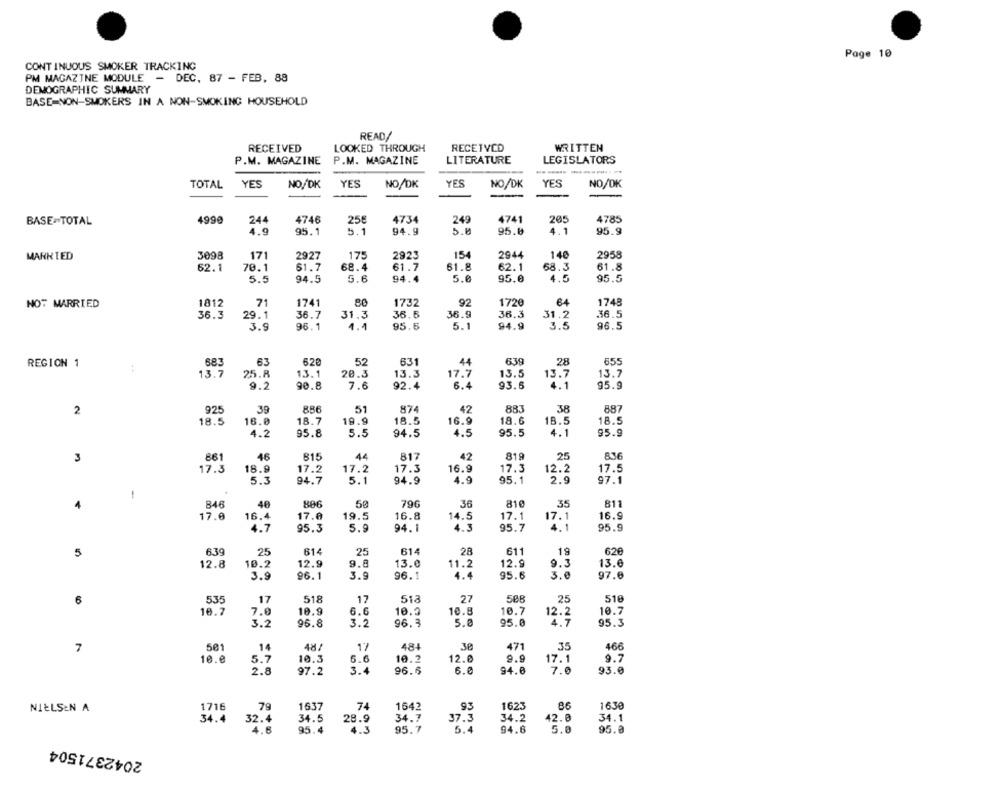
Page 10
CONTINUOUS SMOKER TRACKING
PM MAGAZINE MODULE -
DEC, 87 - FEB, 88
DEMOGRAPHIC SUMMARY
BASE NON-SMOKERS IN A NON-SMOKING HOUSEHOLD
READ/
RECEIVED
LOOKED THROUGH
RECEIVED
WRITTEN
P.M. MAGAZINE
P.M. MAGAZINE
LITERATURE
LEGISLATORS
YES
TOTAL YES
NO./DK
YES
NO/DK
YES
NO/DK
NO/OK
BASE-TOTAL
4990
244
4746
25€
4734
249
4741
205
4785
4.9
95.1
94.9
5.0
95.0
4.1
95.9
3098
15
140
2958
MARKTED
171
2927
175
2923
2944
52.1
70.1
61.7
68.4
61.7
61.8
62.1
68.3
61.8
5.6
5.0
4.5
95.5
5.5
94.5
94.4
95.0
1812
7
1741
1732
92
1720
64
1748
NOT MARRIED
36.3
29.1
36.7
31.3
36.5
36.9
36.3
31.2
36.5
3.9
96.1
1.1
95.6
5.1
94.9
3.5
96.5
REGION 1
683
63
620
52
631
44
639
28
655
:
13.1
13.5
13.7
25.8
20.3
13.3
17.7
13.7
13.7
9.2
90.8
7.6
92.4
6.4
93.6
95.9
2
925
39
886
51
874
42
883
38
887
16.0
18.5
16.9
18.5
18.7
19.9
18.6
18.5
18.5
4.2
95.8
5.5
94.5
4.5
95.5
4.1
95.9
3
861
46
815
44
817
42
819
25
836
17.3
16.9
12.2
17.5
17.3
18.9
17.2
17.2
17.
5.3
94.7
5.1
94.9
4.9
95.1
2.9
97.1
1
4
846
48
50
796
36
810
35
811
17.0
17.1
16.9
17.0
16.4
19.5
16.8
14.5
17.1
4.7
95.3
5.9
94.1
4.3
95.7
4.1
95.9
5
639
25
614
25
614
28
611
19
620
12.9
13.0
12.8
10.2
9.8
13.0
11.2
12.9
9.3
3.9
96.1
3.9
96.1
4.4
95.6
3.6
97.6
6
535
17
518
17
513
27
508
25
510
6.6
10.8
10.7
10.7
10.7
7.0
10.9
10.0
12.2
3 . 2
96.8
3.2
96.3
5.0
95.0
95.3
7
501
14
48/
17
484
Je
471
35
166
5.7
9.9
9.7
10.e
10.3
6.6
10.2
12.0
17.1
2.8
97.2
3.4
96.6
6.0
94.0
7.0
93.0
93
1623
8,6
1630
NIELSEN A
1716
79
1637
74
1642
34.5
28.9
34.7
37.3
34.2
42.0
34.1
32.4
95.4
95.7
5.4
94.6
95.8
4.6
4.3
5.0
2042371504